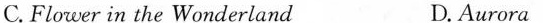
C. Flower in the Wonderland D. Aurora